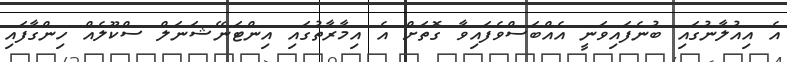
އެ އިއުލާނުގައި ބުނެފައިވަނީ އެއްބަސްވެފައިވާ ގޮތަށް އެ އިމާރާތުގައި އިންޓަނޭޝަނަލް ސްކޫލެއް ހިންގާފައި